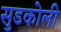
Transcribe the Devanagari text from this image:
सुडकोली